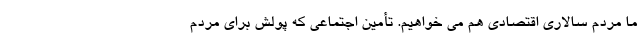
ما مردم سالاری اقتصادی هم می خواهیم. تأمین اجتماعی که پولش برای مردم